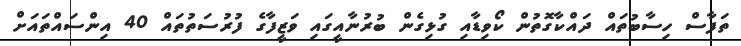
ތަފާސް ހިސާބުތައް ދައްކާގޮތުން ކޯވިޑާއި ގުޅިގެން ބުރުނާއީގައި ވަޒީފާގެ ފުރުސަތުތައް 40 އިންސައްތައަށް